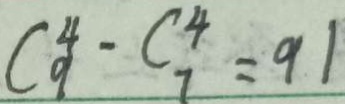
C _ { 9 } ^ { 4 } - C _ { 7 } ^ { 4 } = 9 1